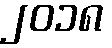
၂၀၁၈